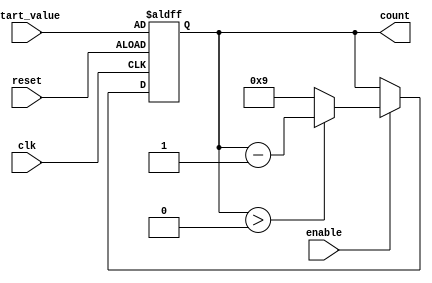
module BCD_Down_Counter(
    input wire clk,
    input wire reset,
    input wire enable,
    input wire [3:0] start_value,
    output reg [3:0] count
);

always @(posedge clk or posedge reset) begin
    if (reset) begin
        count <= start_value;
    end else begin
        if (enable) begin
            if (count > 0) begin
                count <= count - 1;
            end else begin
                count <= 9;
            end
        end
    end
end

endmodule